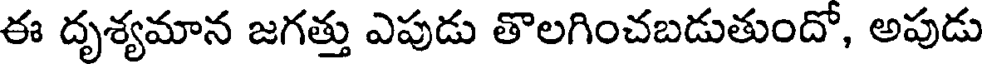
ఈ దృశ్యమాన జగత్తు ఎపుడు తొలగించబడుతుందో, అపుడు